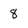
Character: 8